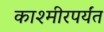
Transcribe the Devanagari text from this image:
काश्मीरपर्यंत